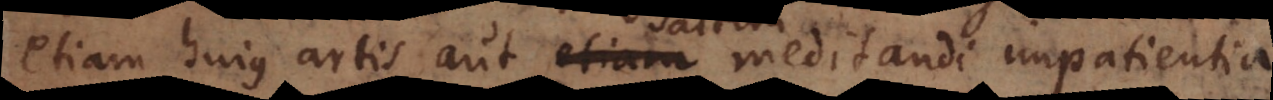
etiam hujus artis aut etiam meditandi impatientia